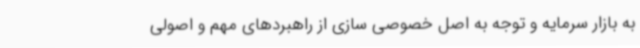
به بازار سرمایه و توجه به اصل خصوصی سازی از راهبردهای مهم و اصولی